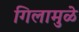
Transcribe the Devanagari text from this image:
गिलामुळे